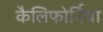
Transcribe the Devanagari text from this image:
कैलिफोर्निया